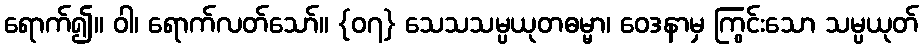
ရောက်၍။ ဝါ၊ ရောက်လတ်သော်။ {၀၇} သေသသမ္ပယုတဓမ္မာ၊ ဝေဒနာမှ ကြွင်းသော သမ္ပယုတ်